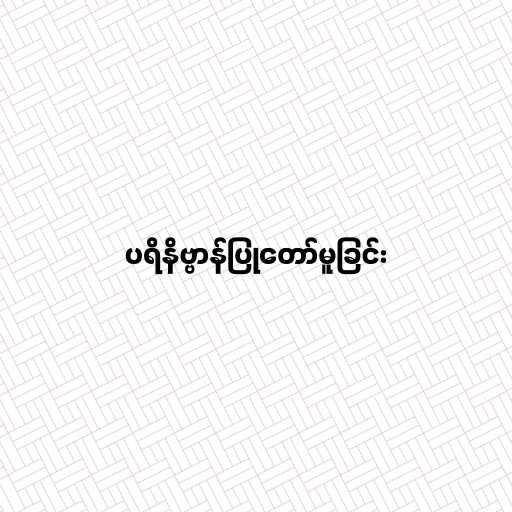
ပရိနိဗ္ဗာန်ပြုတော်မူခြင်း